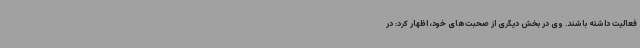
فعالیت داشته باشند. وی در بخش دیگری از صحبت‌های خود، اظهار کرد: در